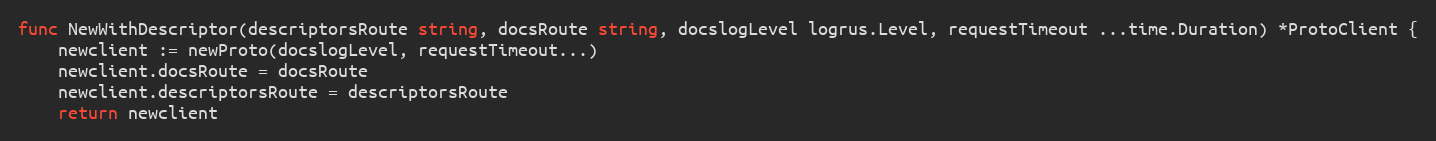
Language: Go
func NewWithDescriptor(descriptorsRoute string, docsRoute string, docslogLevel logrus.Level, requestTimeout ...time.Duration) *ProtoClient {
	newclient := newProto(docslogLevel, requestTimeout...)
	newclient.docsRoute = docsRoute
	newclient.descriptorsRoute = descriptorsRoute
	return newclient